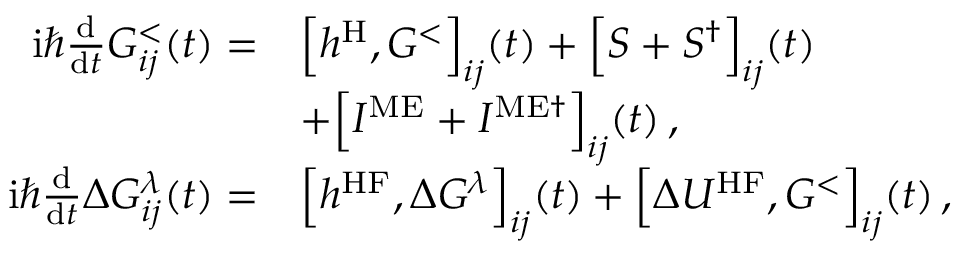
\begin{array} { r l } { \mathrm { i } \hbar \frac { \mathrm { d } } { \mathrm { d } t } G _ { i j } ^ { < } ( t ) = } & { \Big [ h ^ { \mathrm { H } } , G ^ { < } \Big ] _ { i j } ( t ) + \Big [ S + S ^ { \dagger } \Big ] _ { i j } ( t ) } \\ & { + \Big [ I ^ { \mathrm { M E } } + I ^ { \mathrm { M E } \dagger } \Big ] _ { i j } ( t ) \, , } \\ { \mathrm { i } \hbar \frac { \mathrm { d } } { \mathrm { d } t } \Delta G _ { i j } ^ { \lambda } ( t ) = } & { \Big [ h ^ { \mathrm { H F } } , \Delta G ^ { \lambda } \Big ] _ { i j } ( t ) + \Big [ \Delta U ^ { \mathrm { H F } } , G ^ { < } \Big ] _ { i j } ( t ) \, , } \end{array}